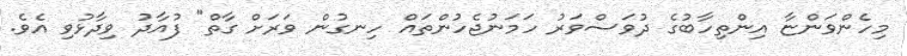
މިހެންވަންޏާ އިންތިހާބުގެ ދުވަސްވަރު ހަމަނުޖެހުންތައް ހިނގުން ވަރަށް ގާތް" ފުއާދު ވިދާޅުވި އެވެ.